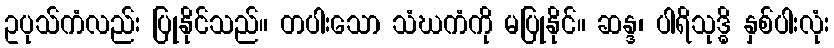
ဥပုသ်ကံလည်း ပြုနိုင်သည်။ တပါးသော သံဃကံကို မပြုနိုင်။ ဆန္ဒ၊ ပါရိသုဒ္ဓိ နှစ်ပါးလုံး